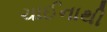
ચાઈનાથી